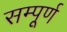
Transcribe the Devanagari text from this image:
सम्पूूूर्ण